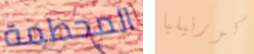
المحطمة كورنيليا